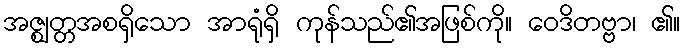
အဇ္ဈတ္တအစရှိသော အာရုံရှိ ကုန်သည်၏အဖြစ်ကို။ ဝေဒိတဗ္ဗာ၊ ၏။